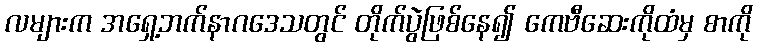
လများက အရှေ့ဘက်နာဂဒေသတွင် တိုက်ပွဲဖြစ်နေ၍ ကေဗီဆေးကိုထံမှ စာကို